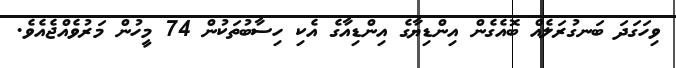
ވިހަގަދަ ބަނގުރަލެއް ބޮއެގެން އިންޑިޔާގެ އިންޑިއާގެ އެކި ހިސާބުތަކުން 74 މީހުން މަރުވެއްޖެއެވެ.